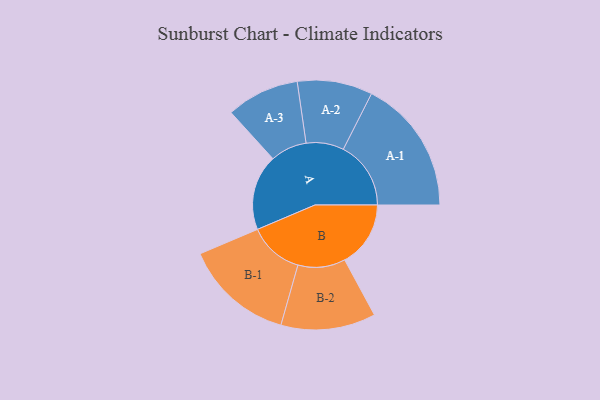
{"axis": {"x": "Segment", "y": "Value"}, "legend": ["", "A", "B"], "data": [{"x": "A", "y": 326, "type": ""}, {"x": "B", "y": 284, "type": ""}, {"x": "A-1", "y": 291, "type": "A"}, {"x": "A-2", "y": 162, "type": "A"}, {"x": "A-3", "y": 157, "type": "A"}, {"x": "B-1", "y": 236, "type": "B"}, {"x": "B-2", "y": 204, "type": "B"}]}